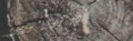
Speed Limit 60